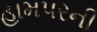
હામપરની